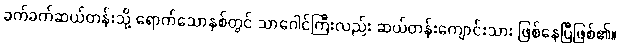
ခက်ခက်ဆယ်တန်းသို့ ရောက်သောနှစ်တွင် သာဂေါင်ကြီးလည်း ဆယ်တန်းကျောင်းသား ဖြစ်နေပြီဖြစ်၏။